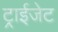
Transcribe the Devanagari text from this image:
ट्राईजेट